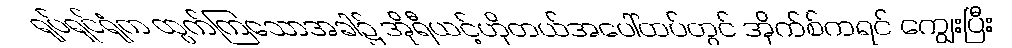
ရုပ်ရှင်ရုံက ထွက်ကြသောအခါ၌ အိုရီယင့်ဟိုတယ်အပေါ်ထပ်တွင် အိုက်စ်ကရင် ကျွေးပြီး